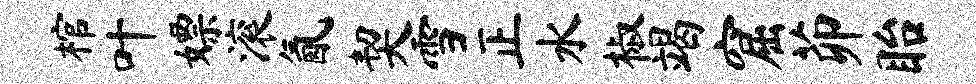
棺叶嫖滚氤契雪正水椒竭窟茆眙